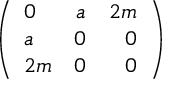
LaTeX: \left( \begin{array} { l c r } { { 0 } } & { { a } } & { { 2 m } } \\ { { a } } & { { 0 } } & { { 0 } } \\ { { 2 m } } & { { 0 } } & { { 0 } } \end{array} \right)